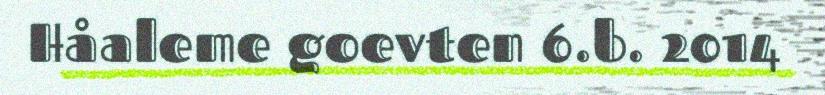
Håaleme goevten 6.b. 2014